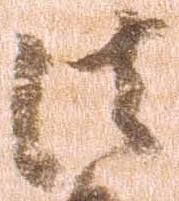
法